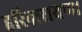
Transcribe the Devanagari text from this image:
हरिनारायण।